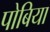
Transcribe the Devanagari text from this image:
पोबिया